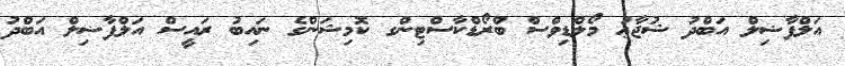
އަލްފާޟިލް އަބްދު ޝުޖާޢު މޯލްޑިވްސް ބްރޯޑްކާސްޓިންގ ކޮމިޝަންގެ ނައިބު ރައީސް އަލްފާޟިލް އަބްދު